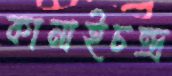
কানাইচন্দ্র